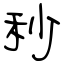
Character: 秒